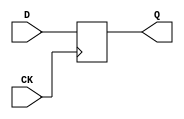
// NeoGeo logic definition
// Copyright (C) 2018 Sean Gonsalves
//
// This program is free software: you can redistribute it and/or modify
// it under the terms of the GNU General Public License as published by
// the Free Software Foundation, either version 3 of the License, or
// (at your option) any later version.
//
// This program is distributed in the hope that it will be useful,
// but WITHOUT ANY WARRANTY; without even the implied warranty of
// MERCHANTABILITY or FITNESS FOR A PARTICULAR PURPOSE.  See the
// GNU General Public License for more details.
//
// You should have received a copy of the GNU General Public License
// along with this program.  If not, see <https://www.gnu.org/licenses/>.

module FDSCell(
	input CK,
	input [3:0] D,
	output reg [3:0] Q = 4'd0
);

	always @(posedge CK)
		Q <= #1 D;

endmodule